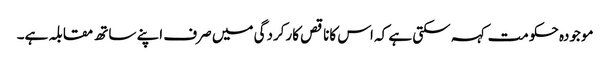
موجودہ حکومت کہہ سکتی ہے کہ اس کاناقص کارکردگی میں صرف اپنے ساتھ مقابلہ ہے۔